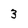
Character: 3